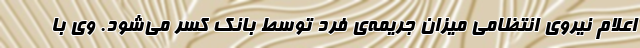
اعلام نیروی انتظامی میزان جریمه‌ی فرد توسط بانک کسر می‌شود. وی با